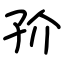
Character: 㜾